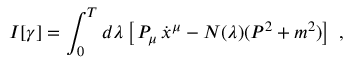
I [ \gamma ] = \int _ { 0 } ^ { T } d \lambda \left[ \, P _ { \mu } \, \dot { x } ^ { \mu } - N ( \lambda ) ( P ^ { 2 } + m ^ { 2 } ) \right] \ ,